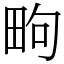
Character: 㽛